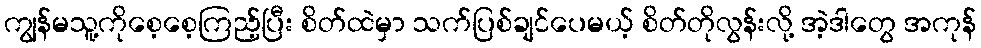
ကျွန်မသူ့ကိုစေ့စေ့ကြည့်ပြီး စိတ်ထဲမှာ သက်ပြစ်ချင်ပေမယ့် စိတ်တိုလွန်းလို့ အဲ့ဒါတွေ အကုန်